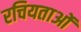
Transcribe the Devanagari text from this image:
रचियताओं